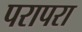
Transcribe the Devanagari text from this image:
परापरा